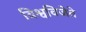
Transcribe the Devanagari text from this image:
विश्वविजेते